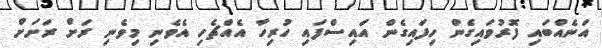
އަނެއްބައި ފޮރުވައިގެން ހިފައިގެން އައިސްފައި ހުރިހާ އެއްޗެހި އެވެނި މިވެނި ރަށް ރަށަށް